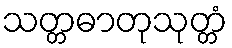
သတ္တဓာတုသုတ္တံ